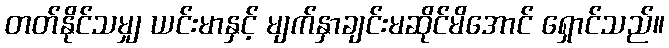
တတ်နိုင်သမျှ ယင်းမာနှင့် မျက်နှာချင်းမဆိုင်မိအောင် ရှောင်သည်။